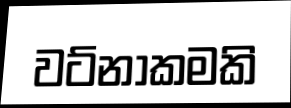
වට්නාකමකි